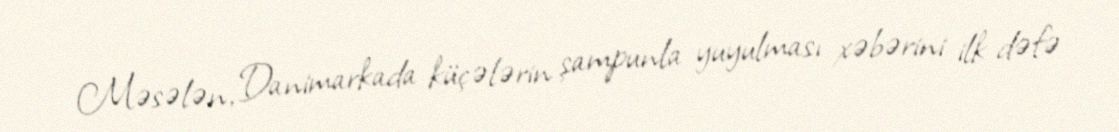
Məsələn, Danimarkada küçələrin şampunla yuyulması xəbərini ilk dəfə